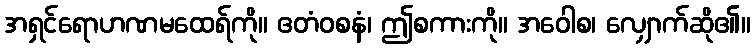
အရှင်ရောဟဏမထေရ်ကို။ ဧတံဝစနံ၊ ဤစကားကို။ အဝေါစ၊ လျှောက်ဆို၏။